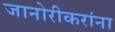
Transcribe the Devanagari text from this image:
जानोरीकरांना